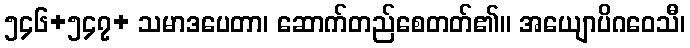
၅၄၆+၅၄၇+ သမာဒပေတာ၊ ဆောက်တည်စေတတ်၏။ အယျောပိဂဝေသီ၊